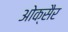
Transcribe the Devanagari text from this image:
ओक्सैर